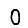
Digit: 0